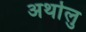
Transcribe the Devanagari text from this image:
अर्थालु